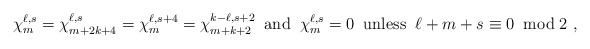
\begin{align*}\chi_m^{\ell,s}=\chi_{m+2k+4}^{\ell,s}=\chi_m^{\ell,s+4}=\chi_{m+k+2}^{k-\ell,s+2}\;\;{\rm and}\;\;\chi_m^{\ell,s}=0 \;\; {\rm unless} \;\; \ell+m+s\equiv 0 \;\; {\rm mod}\; 2~,\end{align*}